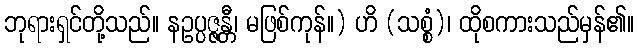
ဘုရားရှင်တို့သည်။ နဥပ္ပဇ္ဇန္တီ၊ မဖြစ်ကုန်။) ဟိ (သစ္စံ)၊ ထိုစကားသည်မှန်၏။